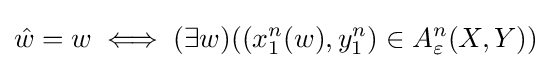
{\hat {w}}=w\iff (\exists w)((x_{1}^{n}(w),y_{1}^{n})\in A_{\varepsilon }^{n}(X,Y))